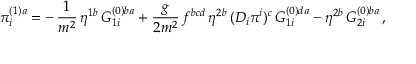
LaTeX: \pi _ { i } ^ { ( 1 ) a } = - \, \frac { 1 } { m ^ { 2 } } \, \eta ^ { 1 b } \, G _ { 1 i } ^ { ( 0 ) b a } + \frac { g } { 2 m ^ { 2 } } \, f ^ { b c d } \, \eta ^ { 2 b } \, ( D _ { i } \pi ^ { i } ) ^ { c } \, G _ { 1 i } ^ { ( 0 ) d a } - \eta ^ { 2 b } \, G _ { 2 i } ^ { ( 0 ) b a } \, ,